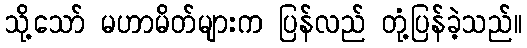
သို့သော် မဟာမိတ်များက ပြန်လည် တုံ့ပြန်ခဲ့သည်။